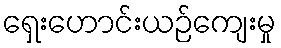
ရှေးဟောင်းယဉ်ကျေးမှု